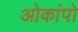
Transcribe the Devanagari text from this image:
ओकांपो